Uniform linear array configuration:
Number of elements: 8
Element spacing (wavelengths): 0.5
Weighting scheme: blackman
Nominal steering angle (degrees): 0
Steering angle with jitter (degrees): -1.62
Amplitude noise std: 0.05
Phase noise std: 0.05

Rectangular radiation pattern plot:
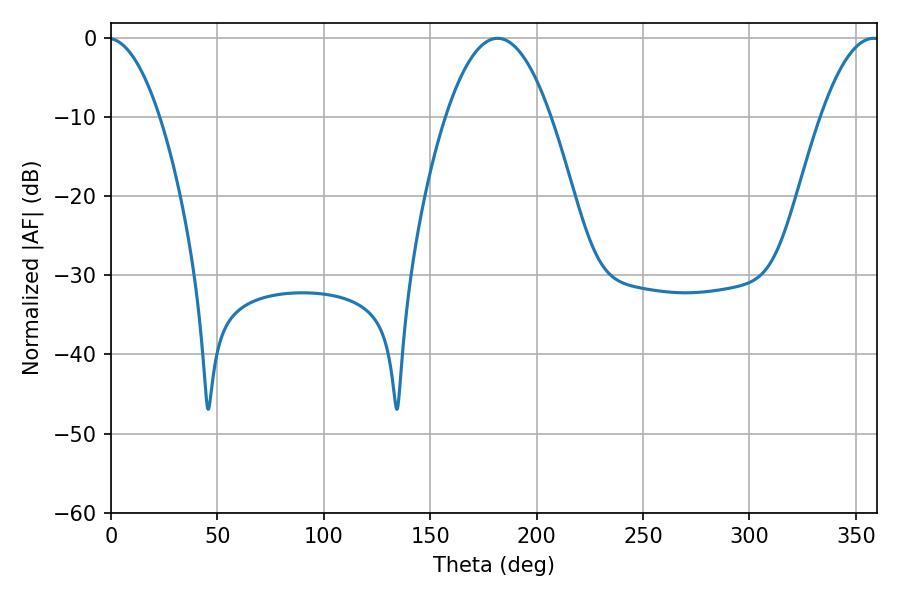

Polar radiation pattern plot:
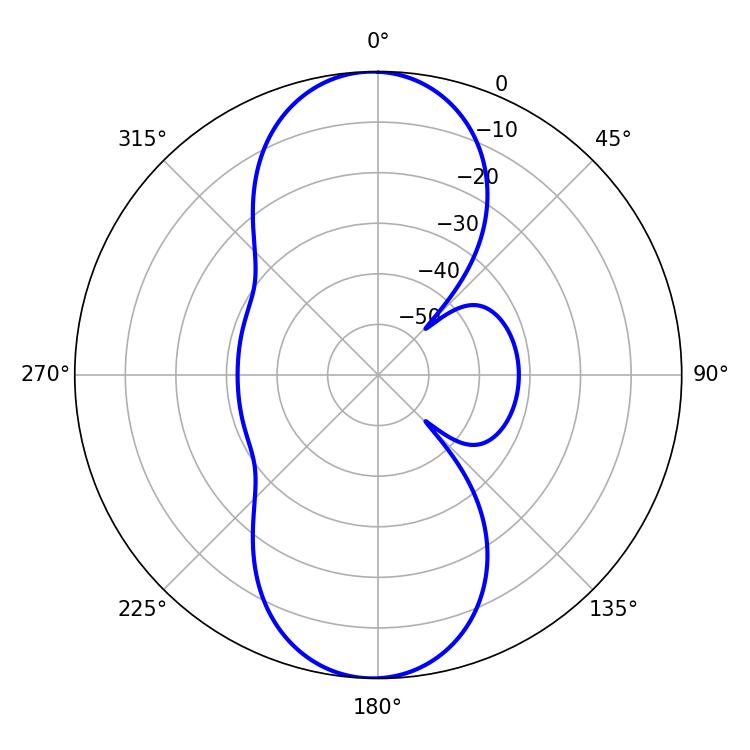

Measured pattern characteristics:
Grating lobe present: FALSE
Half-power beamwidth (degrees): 27.18
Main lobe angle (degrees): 181.62